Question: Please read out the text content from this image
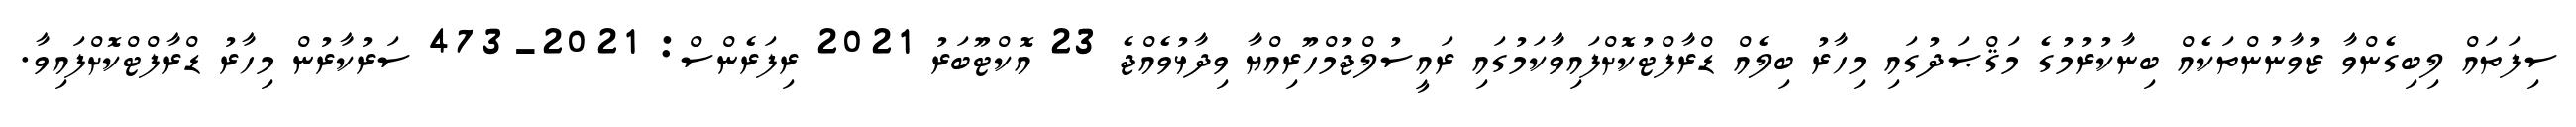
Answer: ސިފަތައް ލިބިގެންވާ ޒުވާނުންތަކެއް ބިނާކުރުމުގެ މަޤްޞަދުގައި މިހާރު ބިލެއް ޑްރާފްޓުކޮށްފައިވާކަމުގައި ރައީސުލްޖުމްހޫރިއްޔާ ވިދާޅުވެއްޖެ 23 އޮކްޓޫބަރު 2021 ރިފަރެންސް: 2021-473 ސަރުކާރުން މިހާރު ޑްރާފްޓްކޮށްފައިވާ.